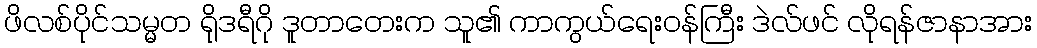
ဖိလစ်ပိုင်သမ္မတ ရိုဒရီဂို ဒူတာတေးက သူ၏ ကာကွယ်ရေးဝန်ကြီး ဒဲလ်ဖင် လိုရန်ဇာနာအား